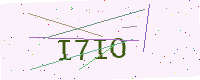
Text: I7IO